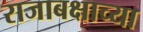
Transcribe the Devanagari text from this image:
राजाबक्षाच्या